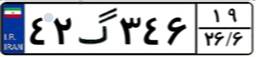
۴۲گ۳۴۶۱۹